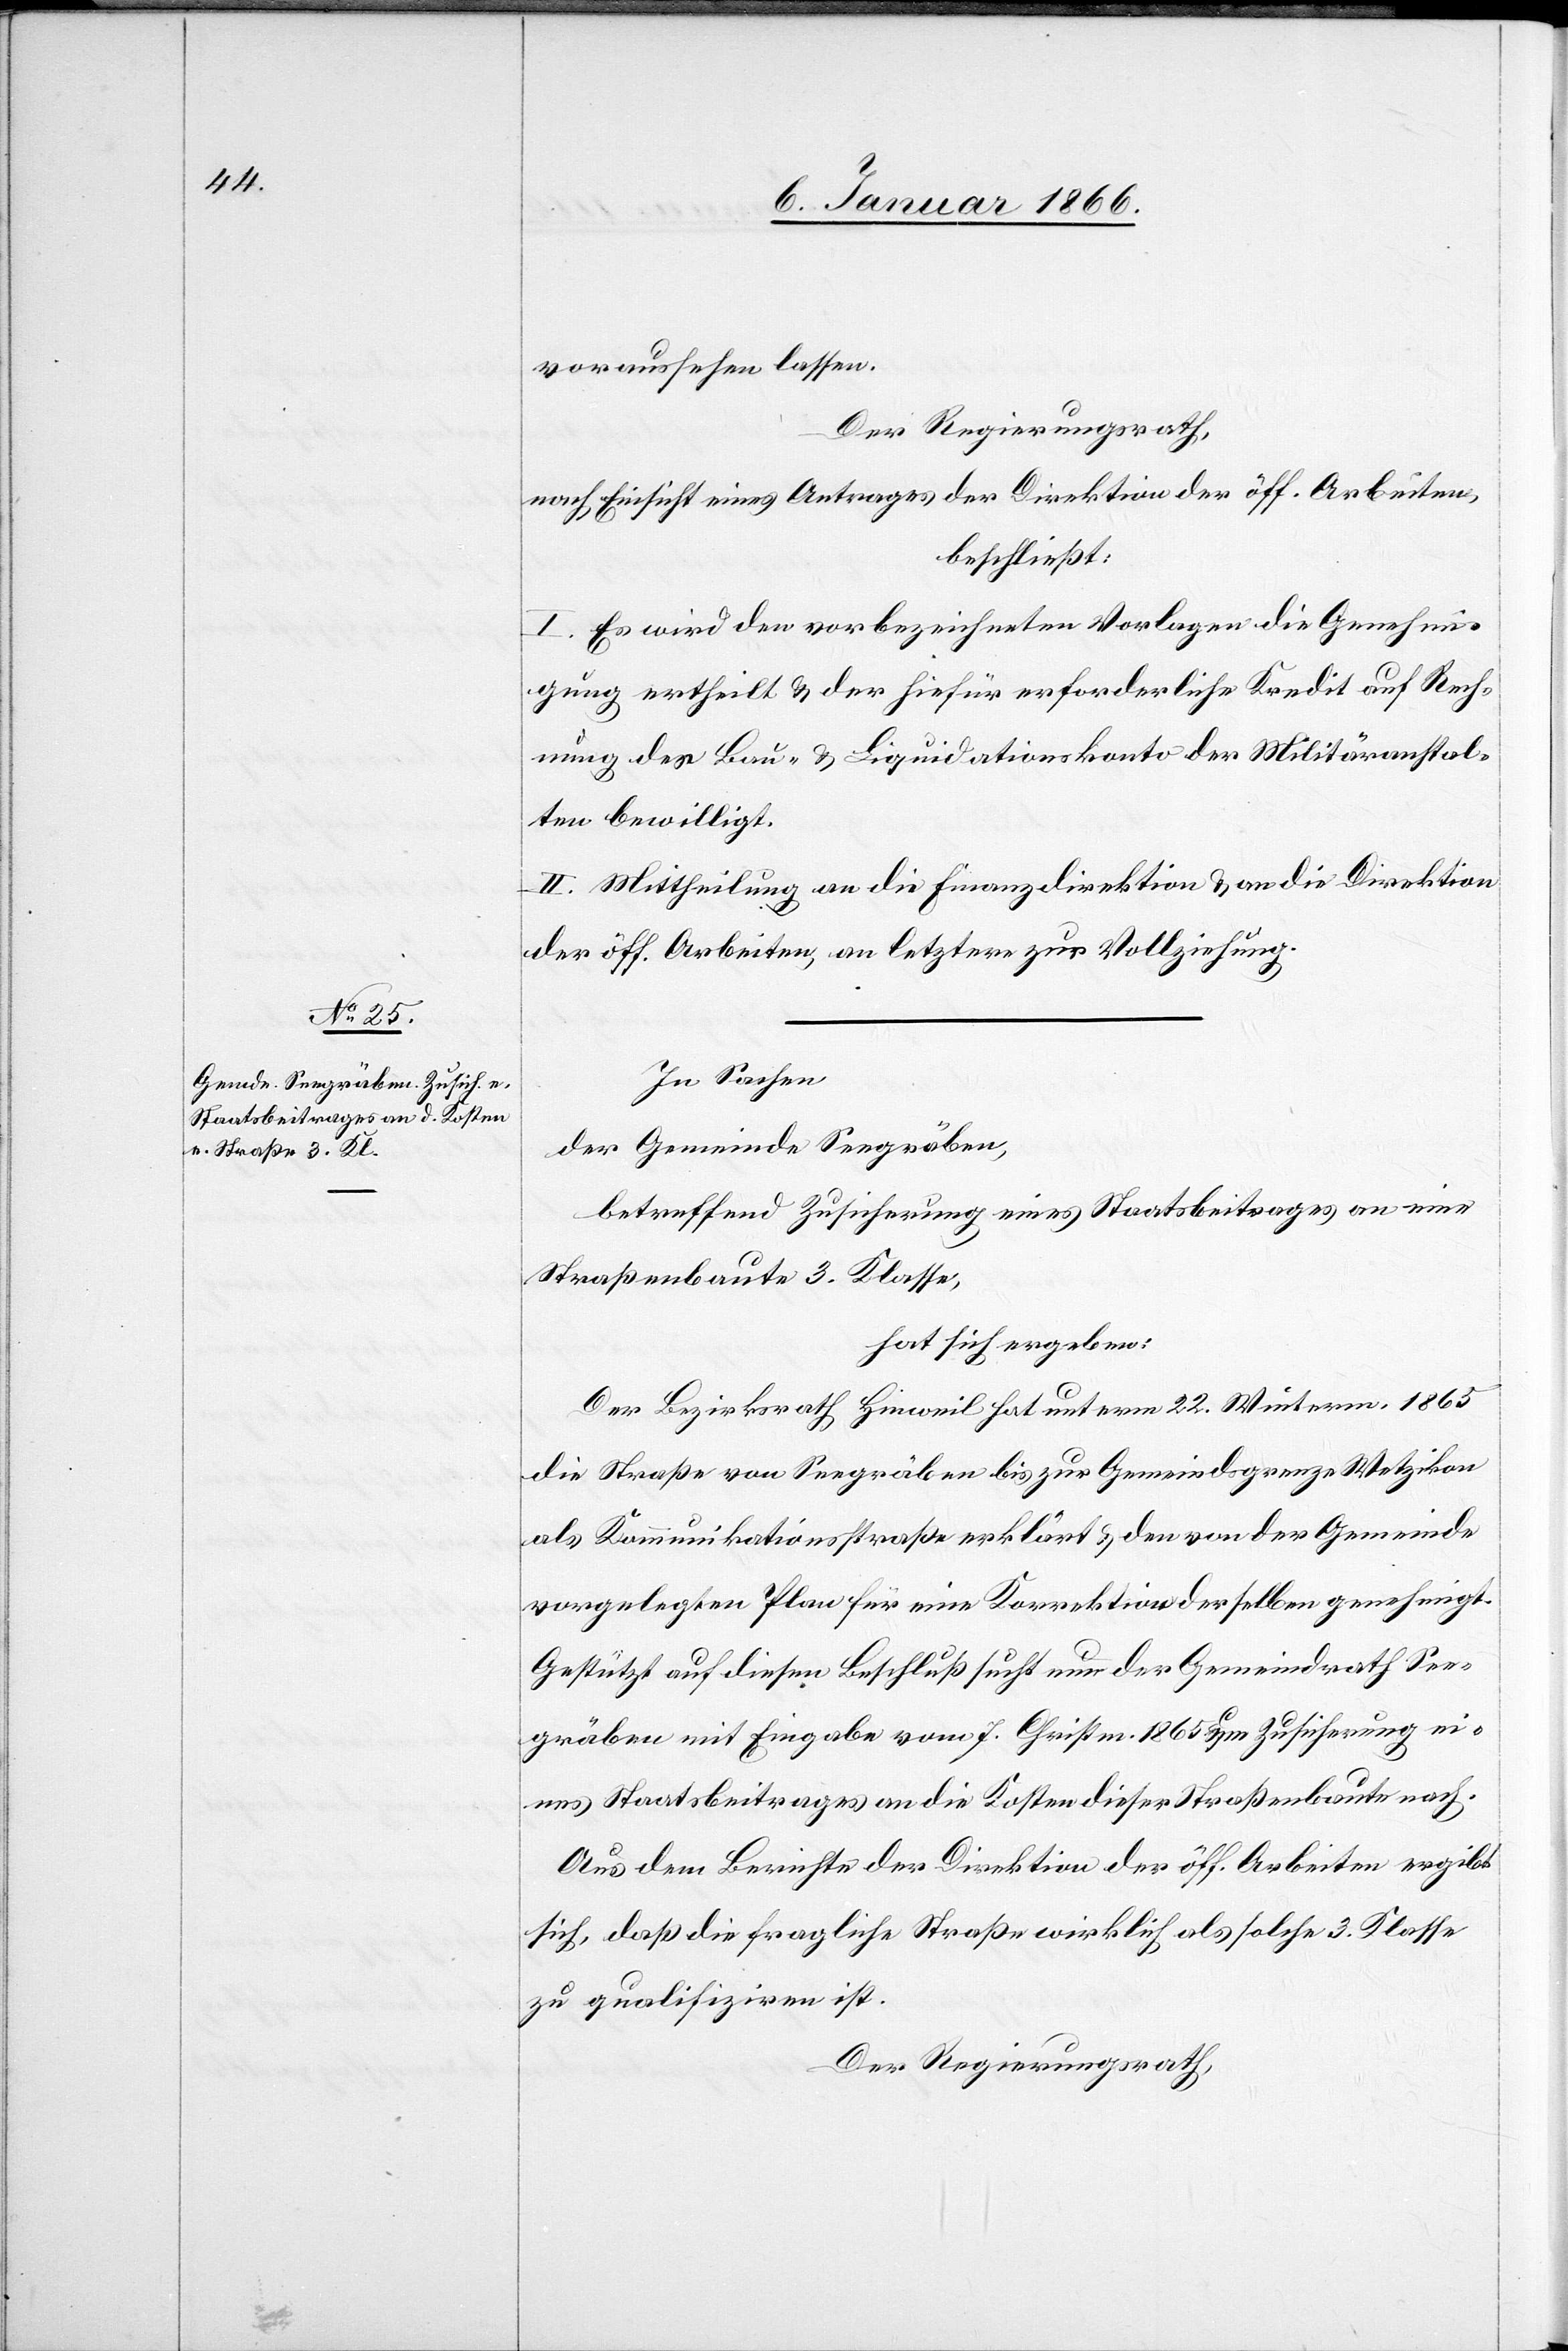
voraussehen lassen.
Der Regierungsrath,
nach Einsicht eines Antrages der Direktion der öff. Arbeiten,
beschließt:
I. Es wird den vorbezeichneten Vorlagen die Genehmi¬
gung ertheilt u. der hiefür erforderliche Kredit auf Rech¬
nung des Bau- u. Liquidationskonto der Militäranstal¬
ten bewilligt.
II. Mittheilung an die Finanzdirektion u. an die Direktion
der öff. Arbeiten, an letztere zur Vollziehung.
In Sachen
der Gemeinde Seegräben,
betreffend Zusicherung eines Staatsbeitrages an eine
Straßenbaute 3. Klasse,
hat sich ergeben:
Der Bezirksrath Hinweil hat unterm 22. Winterm. 1865
die Straße von Seegräben bis zur Gemeindsgrenze Wetzikon
als Kommunikationsstraße erklärt u. den von der Gemeinde
vorgelegten Plan für eine Korrektion derselben genehmigt.
Gestützt auf diesen Beschluß sucht nun der Gemeindrath See¬
gräben mit Eingabe vom 7. Christm. 1865 um Zusicherung ei¬
nes Staatsbeitrages an die Kosten dieser Straßenbaute nach.
Aus dem Berichte der Direktion der öff. Arbeiten ergibt
sich, daß die fragliche Straße wirklich als solche 3. Klasse
zu qualifiziren ist.
Der Regierungsrath